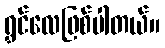
ရွှင်လေဖြစ်ပါတယ်။